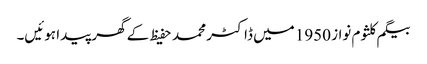
بیگم کلثوم نواز 1950 میں ڈاکٹر محمد حفیظ کے گھر پیدا ہوئیں۔